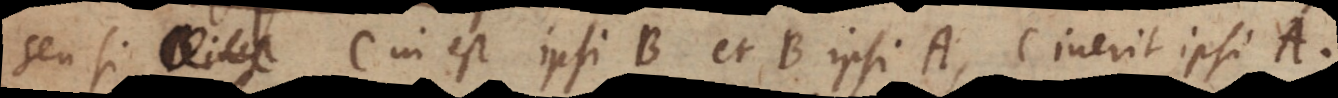
inest C inest ipsi B et B ipsi A, C inerit ipsi A.